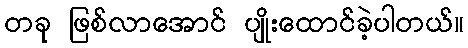
တခု ဖြစ်လာအောင် ပျိုးထောင်ခဲ့ပါတယ်။